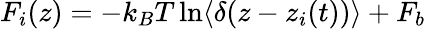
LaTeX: F_{i}(z)=-k_{B}T\ln\langle\delta(z-z_{i}(t))\rangle+F_{b}